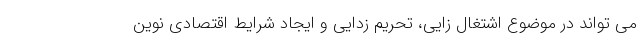
می تواند در موضوع اشتغال زایی، تحریم زدایی و ایجاد شرایط اقتصادی نوین